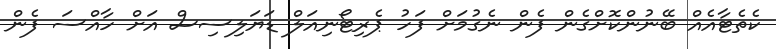
ކެތެޓާއެއް ބޭނުންކޮށްގެން ފެން ނެގުމަށް ފަހު ޕެރިޓޯނިއަލް ޑަޔަލިސިސް އަށް ހާއްސަ ފެން